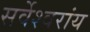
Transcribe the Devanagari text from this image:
सर्वेश्वरांय